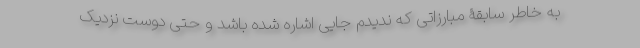
به خاطر سابقۀ مبارزاتی که ندیدم جایی اشاره شده باشد و حتی دوست نزدیک